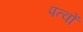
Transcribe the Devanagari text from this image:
पत्वों